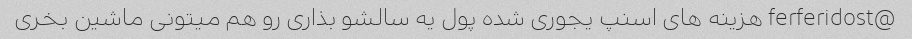
@ferferidost هزینه های اسنپ یجوری شده پول یه سالشو بذاری رو هم میتونی ماشین بخری